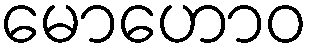
မောဟောဝ